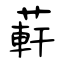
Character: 蓒